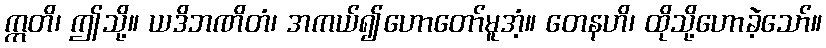
ဣတိ၊ ဤသို့။ ယဒိဘဏိတံ၊ အကယ်၍ဟောတော်မူအံ့။ တေနဟိ၊ ထိုသို့ဟောခဲ့သော်။